Vaccination in Bombay 1874-1876 - 1874-1876
Year: 1874
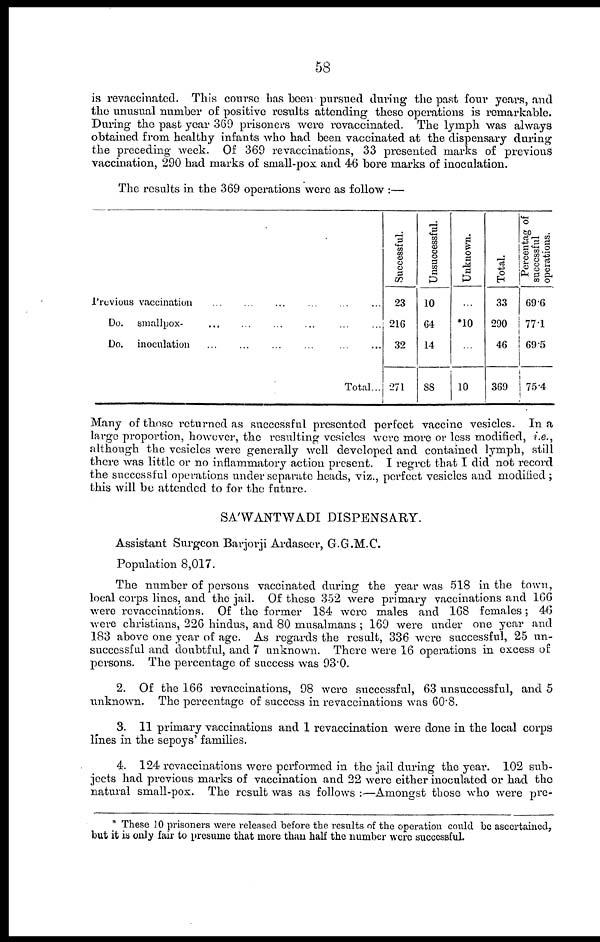
58
is revaccinatcd. This course has been pursued during the past four years, and
the unusual number of positive results attending these operations is remarkable.
During the past year 369 prisoners were revaccinated. The lymph was always
obtained from healthy infants who had been vaccinated at the dispensary during
the preceding week. Of 369 revaccinations, 33 presented marks of previous
vaccination, 290 had marks of small-pox and 46 bore marks of inoculation.
The results in the 369 operations were as follow :—
Previous vaccination ... ... ... ... ... ...
Do. smallpox-
...
...
...
...
...
Do. inoculation ... ... ... ... ... ...
Total...
Successful.
23
216
32
271
Unsuccessful.
10
64
14
88
Unknown.
...
*10
...
10
Total.
33
290
46
369
Percentag of
successful
operations.
69.6
77.1
69.5
75.4
Many of those returned as successful presented perfect vaccine vesicles. In a
large proportion, however, the resulting vesicles were more or less modified, i.e.,
although the vesicles were generally well developed and contained lymph, still
there was little or no inflammatory action present. I regret that I did not record
the successful operations under separate heads, viz., perfect vesicles and modified ;
this will be attended to for the future.
SA'WANTWADI DISPENSARY.
Assistant Surgeon Barjorji Ardaseer, G.G.M.C.
Population 8,017.
The number of persons vaccinated during the year was 518 in the town,
local corps lines, and the jail. Of these 352 were primary vaccinations and 166
were revaccinations. Of the former 184 were males and 168 females; 46
were christians, 226 hindus, and 80 musalmans ; 169 were under one year and
183 above one year of age. As regards the result, 336 were successful, 25 un-
successful and doubtful, and 7 unknown. There were 16 operations in excess of
persons. The percentage of success was 93.0.
2. Of the 166 revaccinations, 98 were successful, 63 unsuccessful, and 5
unknown. The percentage of success in revaccinations was 60.8.
3. 11 primary vaccinations and 1 revaccination were done in the local corps
lines in the sepoys' families.
4. 124 revaccinations were performed in the jail during the year. 102 sub-
jects had previous marks of vaccination and 22 were either inoculated or had the
natural small-pox. The result was as follows :—Amongst those who were pre-
* These 10 prisoners were released before the results of the operation could be ascertained,
but it is only fair to presume that more than half the number were successful.